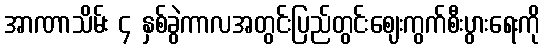
အာဏာသိမ်း ၄ နှစ်ခွဲကာလအတွင်းပြည်တွင်းဈေးကွက်စီးပွားရေးကို